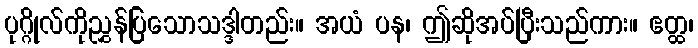
ပုဂ္ဂိုလ်ကိုညွှန်ပြသောသဒ္ဒါတည်း။ အယံ ပန၊ ဤဆိုအပ်ပြီးသည်ကား။ ဧတ္ထ၊